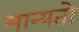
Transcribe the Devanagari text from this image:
मान्यतो